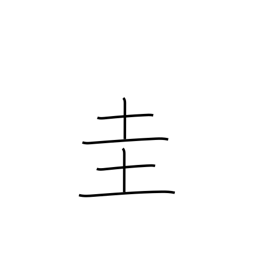
Meaning: square jewel